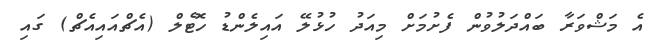
އެ މަޝްވަރާ ބައްދަލުވުން ފެށުމަށް މިއަދު ހުޅުލޭ އައިލެންޑު ހޮޓެލް (އެޗްއައިއެޗް) ގައި